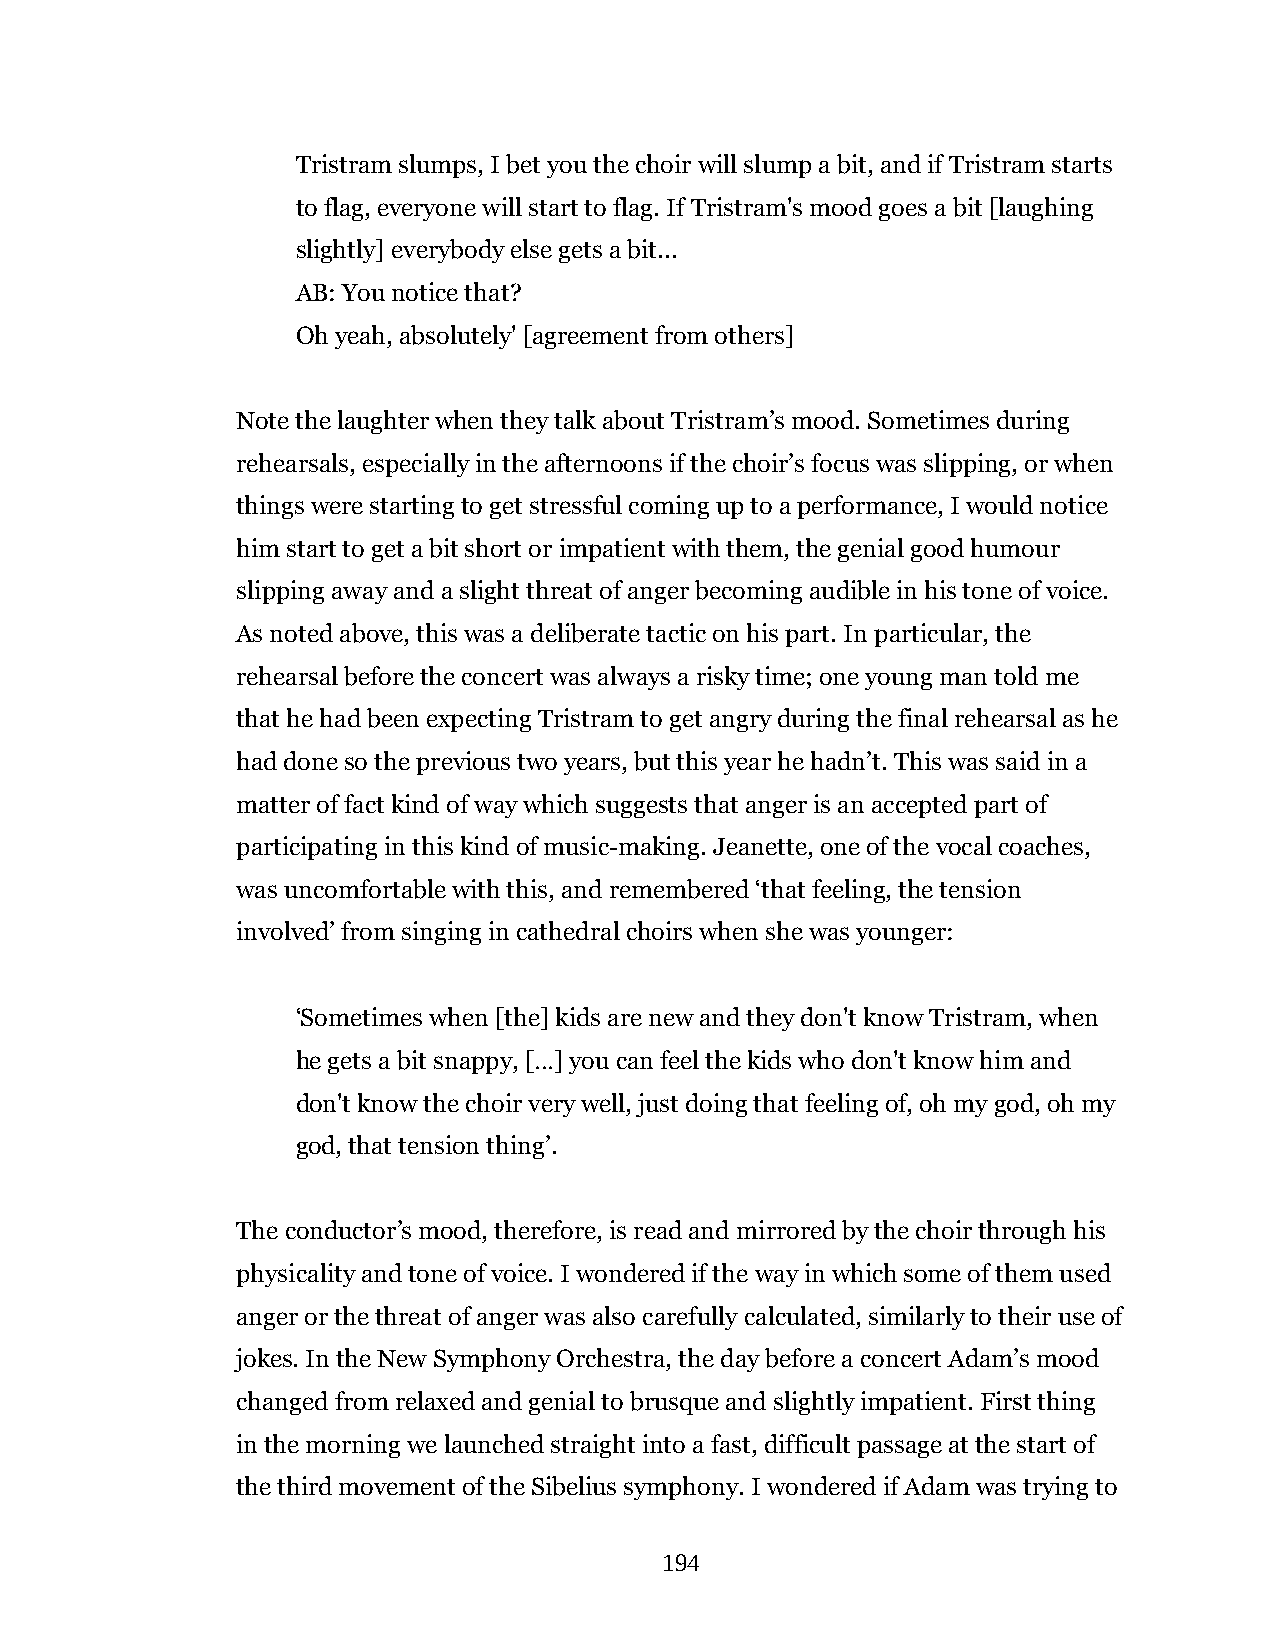
Tristram slumps, I bet you the choir will slump a bit, and if Tristram starts
 to flag, everyone will start to flag. If Tristram's mood goes a bit [laughing
 slightly] everybody else gets a bit...
 AB: You notice that?
 Oh yeah, absolutely' [agreement from others]
 Note the laughter when they talk about Tristram’s mood. Sometimes during
 rehearsals, especially in the afternoons if the choir’s focus was slipping, or when
 things were starting to get stressful coming up to a performance, I would notice
 him start to get a bit short or impatient with them, the genial good humour
 slipping away and a slight threat of anger becoming audible in his tone of voice.
 As noted above, this was a deliberate tactic on his part. In particular, the
 rehearsal before the concert was always a risky time; one young man told me
 that he had been expecting Tristram to get angry during the final rehearsal as he
 had done so the previous two years, but this year he hadn’t. This was said in a
 matter of fact kind of way which suggests that anger is an accepted part of
 participating in this kind of music-making. Jeanette, one of the vocal coaches,
 was uncomfortable with this, and remembered ‘that feeling, the tension
 involved’ from singing in cathedral choirs when she was younger:
 ‘Sometimes when [the] kids are new and they don't know Tristram, when
 he gets a bit snappy, […] you can feel the kids who don't know him and
 don't know the choir very well, just doing that feeling of, oh my god, oh my
 god, that tension thing’.
 The conductor’s mood, therefore, is read and mirrored by the choir through his
 physicality and tone of voice. I wondered if the way in which some of them used
 anger or the threat of anger was also carefully calculated, similarly to their use of
 jokes. In the New Symphony Orchestra, the day before a concert Adam’s mood
 changed from relaxed and genial to brusque and slightly impatient. First thing
 in the morning we launched straight into a fast, difficult passage at the start of
 the third movement of the Sibelius symphony. I wondered if Adam was trying to
 194